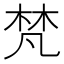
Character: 梵